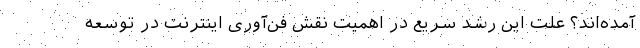
آمده‌اند؟ علت این رشد سریع در اهمیت نقش فن‌آوری اینترنت در توسعه